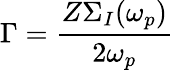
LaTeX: \Gamma=\frac{Z\Sigma_{I}(\omega_{p})}{2\omega_{p}}